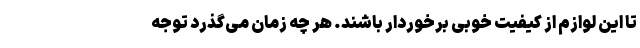
تا این لوازم از کیفیت خوبی برخوردار باشند. هر چه زمان می‌گذرد توجه